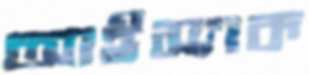
আইস্যাক